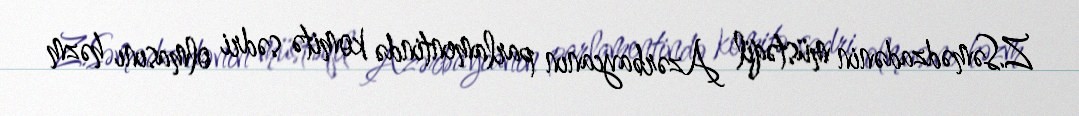
Z.Səmədzadənin müstəqil Azərbaycanın parlamentində komitə sədri olmasını həzm